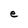
Character: e